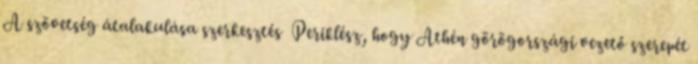
A szövetség átalakulása szerkesztés Periklész, hogy Athén görögországi vezető szerepét